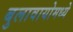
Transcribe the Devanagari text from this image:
बुलावायोमध्ये